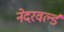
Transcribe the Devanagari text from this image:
नेदरवर्ल्ड